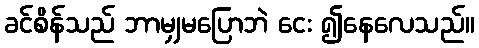
ခင်စိန်သည် ဘာမျှမပြောဘဲ ငေး ၍နေလေသည်။